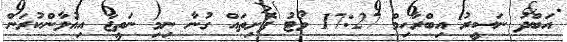
އަބްދު ނަސީރު އިބްރާހިމް 17:27 ވޯޓު ފޮށިތައް ގުނާ ނިމި ނަތީޖާ އިއުލާންކުރަން